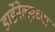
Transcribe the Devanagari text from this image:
डार्डेनेल्झच्या